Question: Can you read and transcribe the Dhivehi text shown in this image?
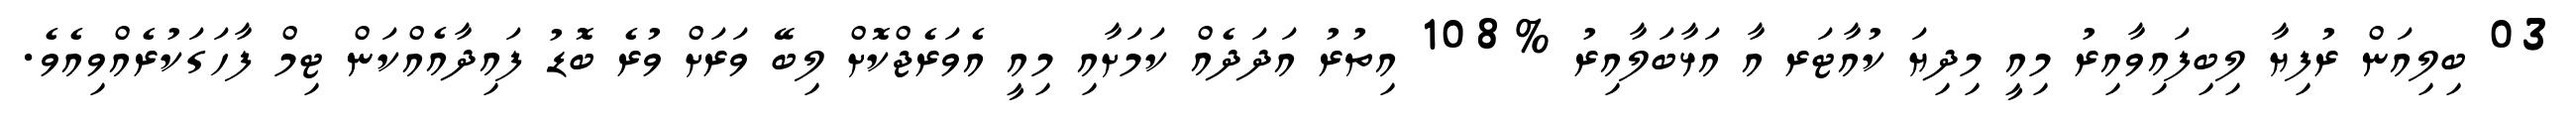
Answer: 03 ބިލިއަން ރުފިޔާ ލިބިފައިވާއިރު މިއީ މިދިޔަ ކުއާޓަރ އާ އަޅާބަލާއިރު %108 އިތުރު އަދަދެއް ކަމަށާއި މިއީ އެވަރެޖްކޮށް ލިބޭ ވަރަށް ވުރެ ބޮޑު ފައިދާއެއްކަން ޓިމް ފާހަގަކުރެއްވިއެވެ.